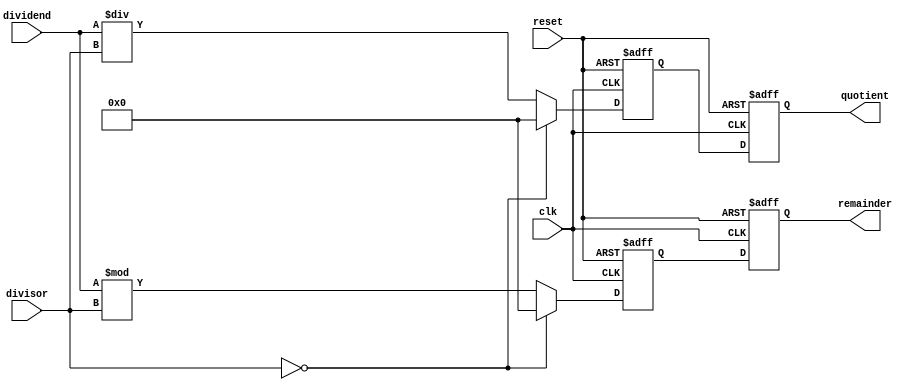
module pipelined_divider (
    input wire [31:0] dividend,
    input wire [31:0] divisor,
    output reg [31:0] quotient,
    output reg [31:0] remainder,
    input wire clk,
    input wire reset
);

reg [31:0] quotient_reg;
reg [31:0] remainder_reg;

always @(posedge clk or posedge reset) begin
    if (reset) begin
        quotient_reg <= 32'b0;
        remainder_reg <= 32'b0;
    end else begin
        if (divisor == 0) begin
            quotient_reg <= 32'b0;
            remainder_reg <= 32'b0;
        end else begin
            quotient_reg <= dividend / divisor;
            remainder_reg <= dividend % divisor;
        end
    end
end

always @(posedge clk or posedge reset) begin
    if (reset) begin
        quotient <= 32'b0;
        remainder <= 32'b0;
    end else begin
        quotient <= quotient_reg;
        remainder <= remainder_reg;
    end
end

endmodule